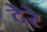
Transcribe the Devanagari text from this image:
देरे